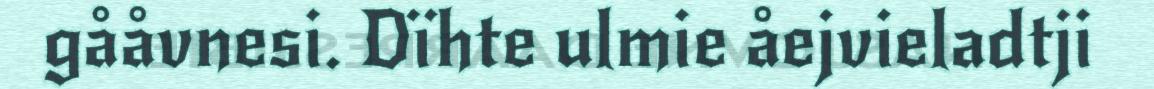
gååvnesi. Dïhte ulmie åejvieladtji